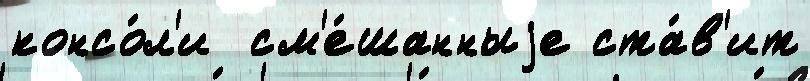
консо́л'и  см'е́шанныjе ста́в'ит